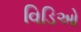
વિડિઓ